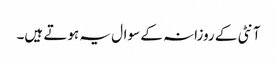
آنٹی کے روزانہ کے سوال یہ ہوتے ہیں۔